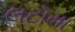
લટૉમા